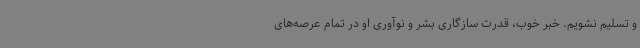
و تسلیم نشویم. خبر خوب، قدرت سازگاری بشر و نوآوری او در تمام عرصه‌های